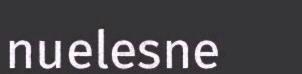
nuelesne